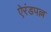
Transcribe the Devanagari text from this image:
ऐरंडपल्ल